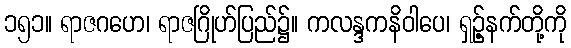
၁၅၁။ ရာဇဂဟေ၊ ရာဇဂြိုဟ်ပြည်၌။ ကလန္ဒကနိဝါပေ၊ ရှဉ့်နက်တို့ကို